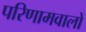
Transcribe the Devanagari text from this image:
परिणामवालों